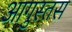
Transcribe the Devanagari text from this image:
आगुस्तस